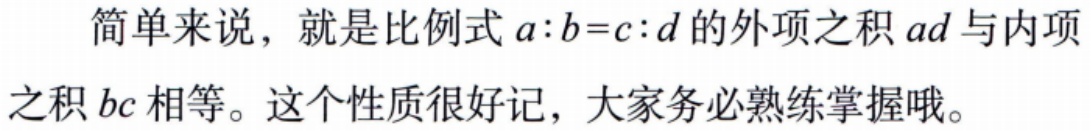
简单来说，就是比例式\(a:b = c:d\)的外项之积\(ad\)与内项之积\(bc\)相等。这个性质很好记，大家务必熟练掌握哦。